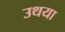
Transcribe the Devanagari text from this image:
उथया